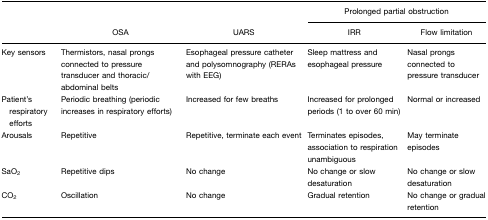
|  |  |  | <COLSPAN=2> Prolonged partial obstruction |
 |  | OSA | UARS | IRR | Flow limitation |
 | --- | --- | --- | --- | --- |
 | Key sensors | Thermistors, nasal prongs connected to pressure transducer and thoracic/abdominal belts | Esophageal pressure catheter and polysomnography (RERAs with EEG) | Sleep mattress and esophageal pressure | Nasal prongs connected to pressure transducer |
 | Patient's respiratory efforts | Periodic breathing (periodic increases in respiratory efforts) | Increased for few breaths | Increased for prolonged periods (1 to over 60 min) | Normal or increased |
 | Arousals | Repetitive | Repetitive, terminate each event | Terminates episodes, association to respiration unambiguous | May terminate episodes |
 | SaO2 | Repetitive dips | No change | No change or slow desaturation | No change or slow desaturation |
 | CO2 | Oscillation | No change | Gradual retention | No change or gradual retention |